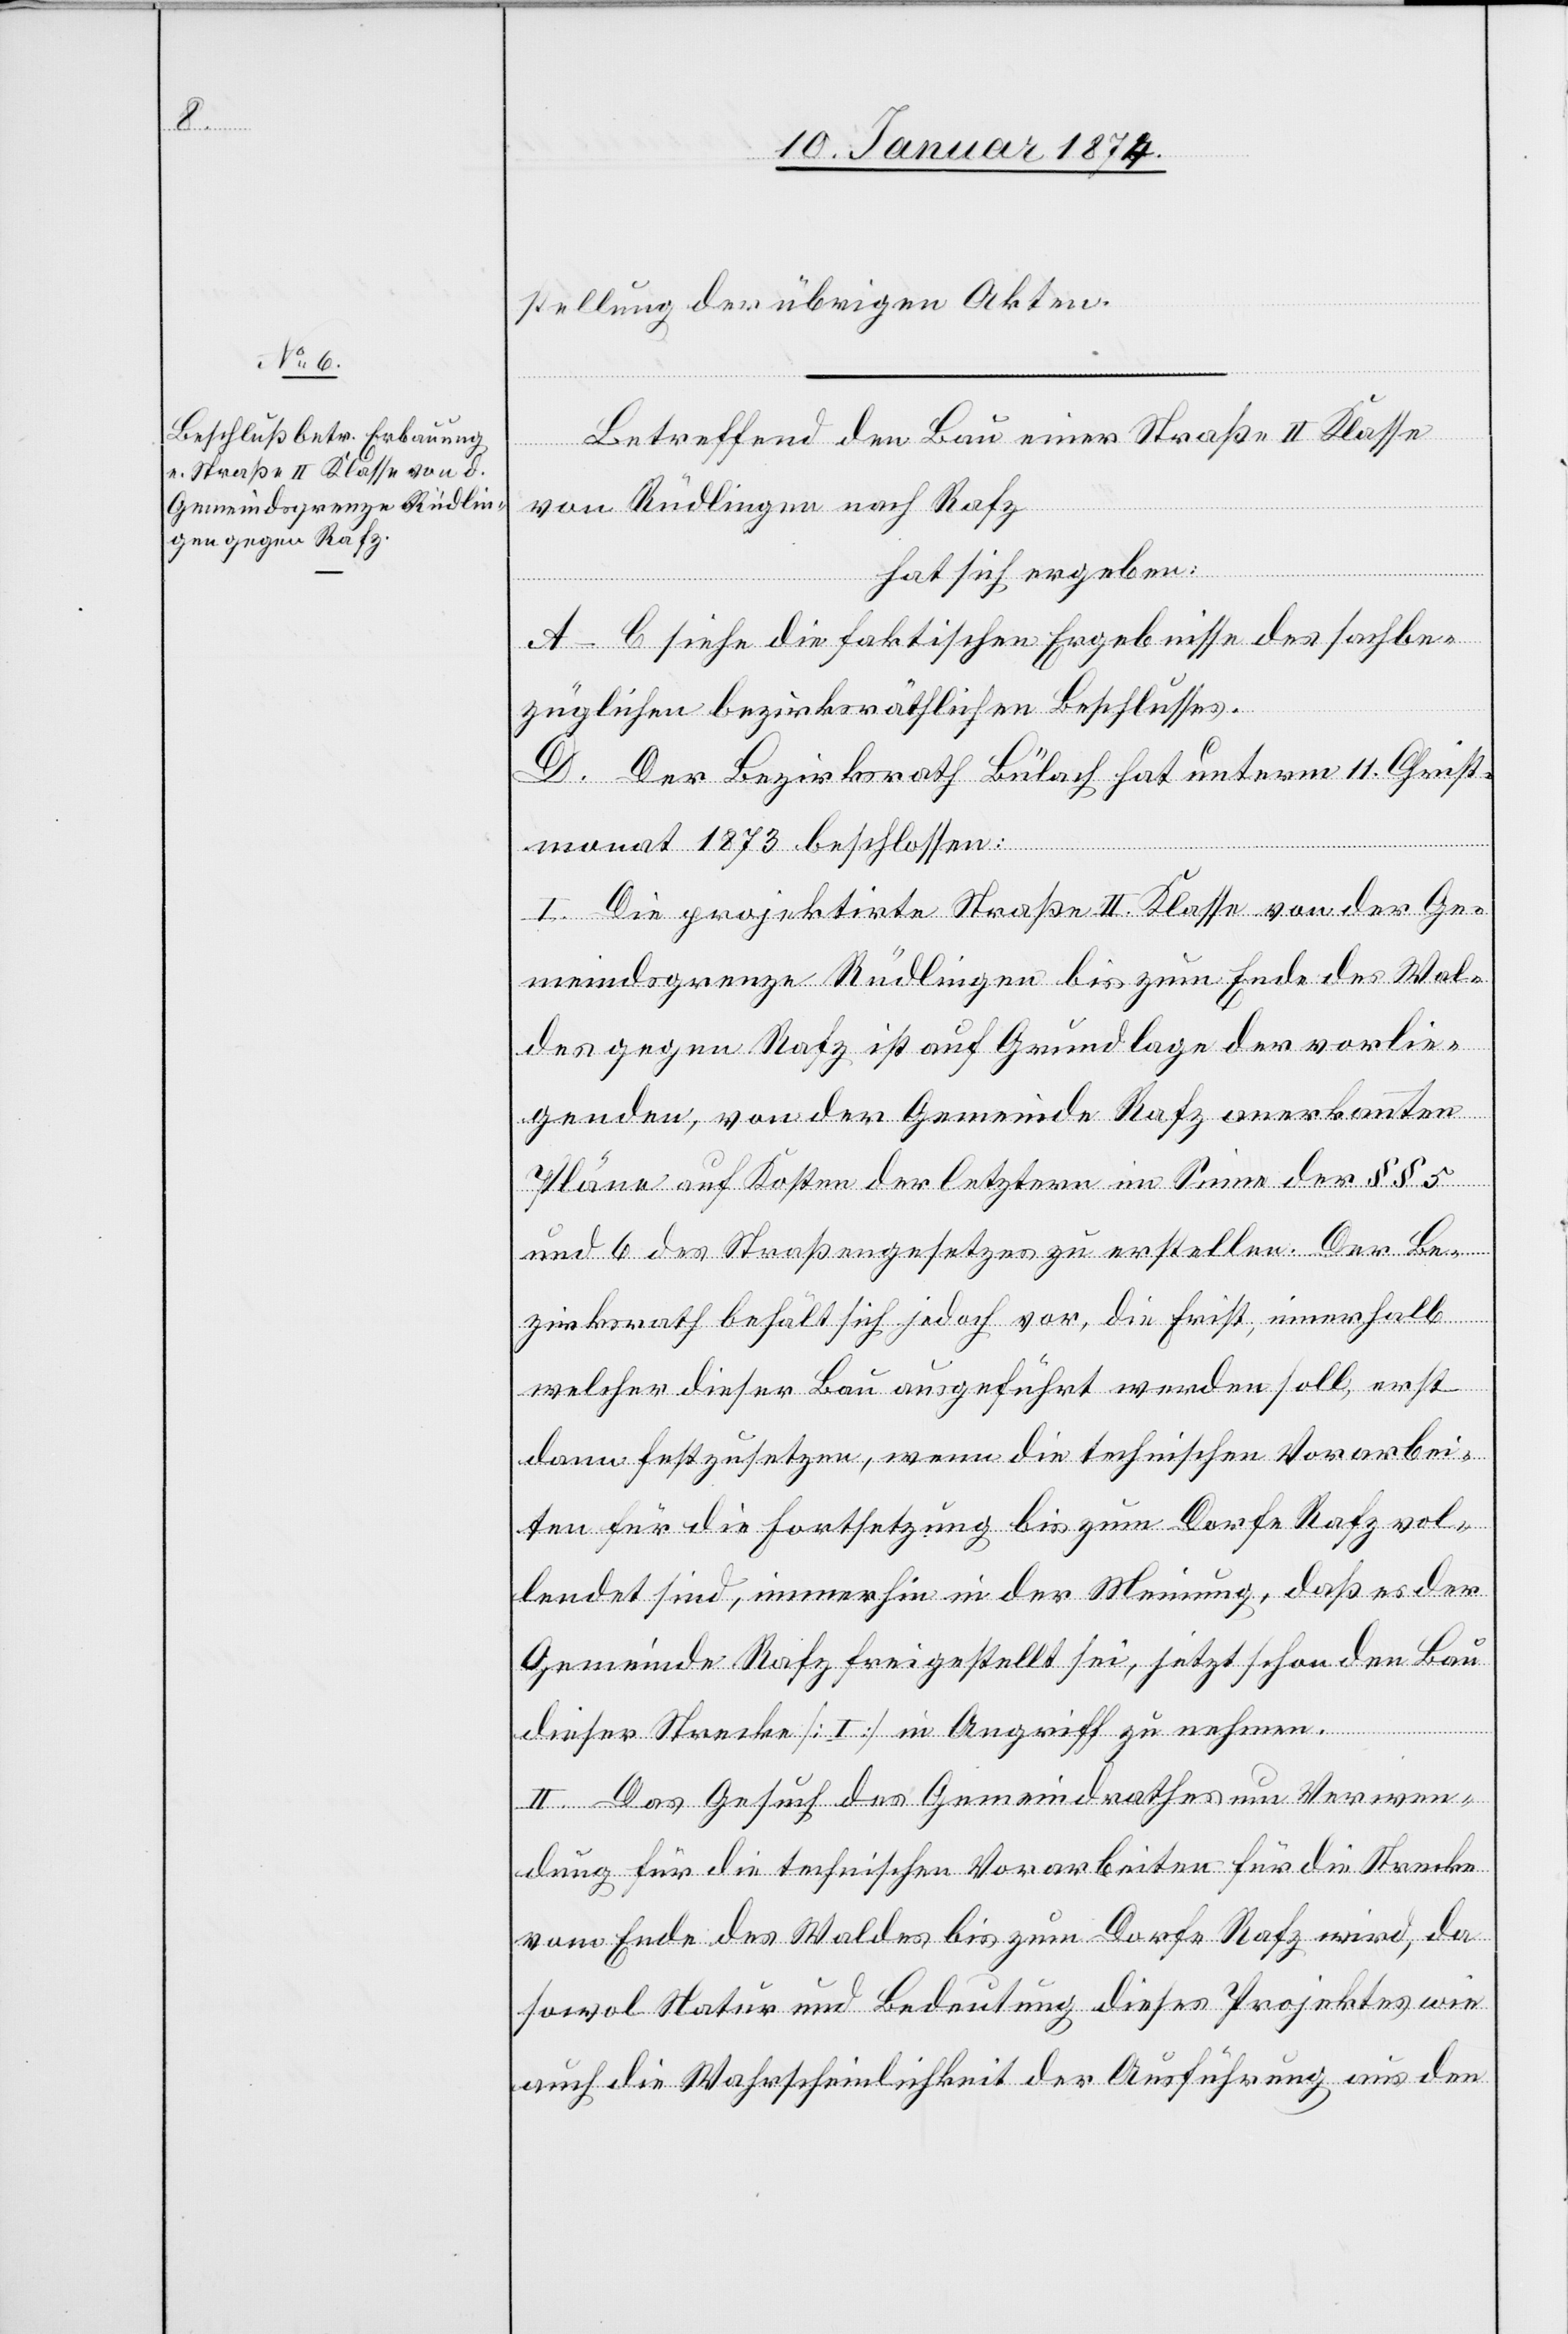
stellung der übrigen Akten.
Betreffend den Bau einer Straße II. Klasse
von Rüdlingen nach Rafz,
hat sich ergeben:
A–C siehe die faktischen Ergebnisse des sachbe¬
züglichen bezirksräthlichen Beschlusses.
D. Der Bezirksrath Bülach hat unterm 11. Christ¬
monat 1873 beschlossen:
I. Die projektirte Straße II. Klasse von der Ge¬
meindsgrenze Rüdlingen bis zum Ende des Wal¬
des gegen Rafz ist auf Grundlage der vorlie¬
genden, von der Gemeinde Rafz anerkannten
Pläne auf Kosten der letztern im Sinne der §§ 5
und 6 des Straßengesetzes zu erstellen. Der Be¬
zirksrath behält sich jedoch vor, die Frist, innerhalb
welcher dieser Bau ausgeführt werden soll, erst
dann festzusetzen, wenn die technischen Vorarbei¬
ten für die Fortsetzung bis zum Dorfe Rafz vol¬
lendet sind, immerhin in der Meinung, daß es der
Gemeinde Rafz freigestellt sei, jetzt schon den Bau
dieser Strecke [I] in Angriff zu nehmen.
II. Das Gesuch des Gemeindrathes um Verwen¬
dung für die technischen Vorarbeiten für die Strecke
vom Ende des Waldes bis zum Dorfe Rafz wird, da
sowol Natur und Bedeutung dieses Projektes wie
auch die Wahrscheinlichkeit der Ausführung aus den